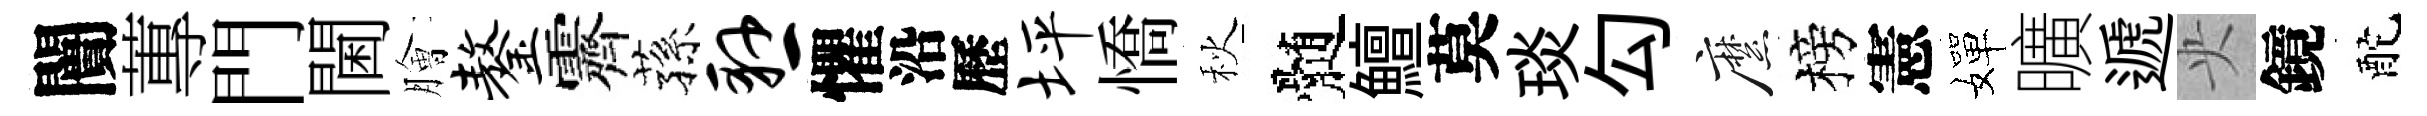
闠蓴門閫膾鏊霽蓀悬懼沿歷坪憍秋髄鱣莫琰勾縻榜憲嬋曠遞央鏡酡